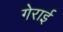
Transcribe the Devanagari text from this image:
गेराई